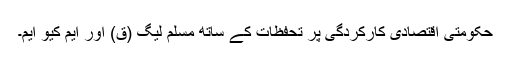
حکومتی اقتصادی کارکردگی پر تحفظات کے ساتھ مسلم لیگ (ق) اور ایم کیو ایم۔